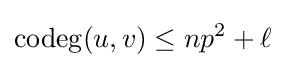
\operatorname {codeg} (u,v)\leq np^{2}+\ell